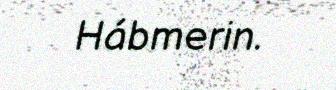
Hábmerin.